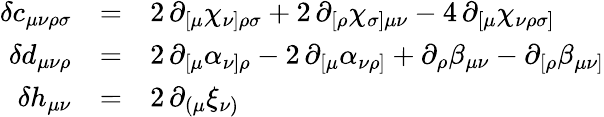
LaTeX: \begin{array}{rcl}{{\delta c_{\mu\nu\rho\sigma}}}&{{=}}&{{2\, \partial_{[\mu}\chi_{\nu]\rho\sigma}+2\, \partial_{[\rho}\chi_{\sigma]\mu\nu}-4\, \partial_{[\mu}\chi_{\nu\rho\sigma]}}}\\ {{\delta d_{\mu\nu\rho}}}&{{=}}&{{2\, \partial_{[\mu}\alpha_{\nu]\rho}-2\, \partial_{[\mu}\alpha_{\nu\rho]}+\partial_{\rho}\beta_{\mu\nu}-\partial_{[\rho}\beta_{\mu\nu]}}}\\ {{\delta h_{\mu\nu}}}&{{=}}&{{2\, \partial_{(\mu}\xi_{\nu)}}}\end{array}